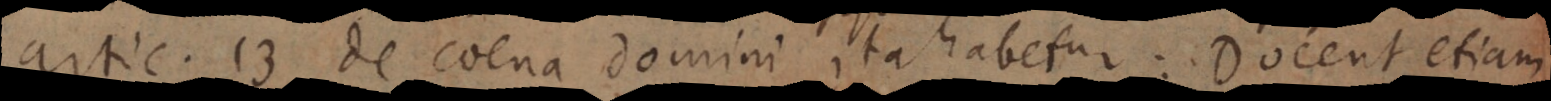
artic. 13 de coena domini ita habetur: Docent etiam